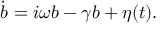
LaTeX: \dot { b } = i \omega b - \gamma b + \eta ( t ) .